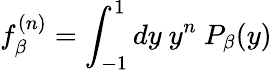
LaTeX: f_{\beta}^{(n)}=\int_{-1}^{1}dy\ y^{n}\ P_{\beta}(y)